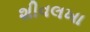
શીવલખા